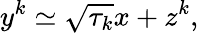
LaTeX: y^{k}\simeq\sqrt{\tau_{k}}x+z^{k},